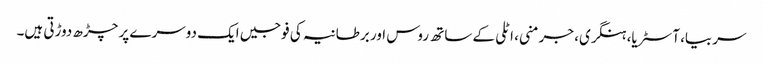
سربیا، آسٹریا، ہنگری، جرمنی، اٹلی کے ساتھ روس اور برطانیہ کی فوجیں ایک دوسرے پر چڑھ دوڑتی ہیں۔